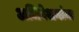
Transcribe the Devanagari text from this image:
अधिवेशनांना